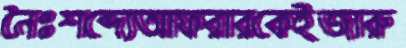
নৈঃশব্দ্যেআফরারকেইজারু